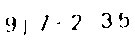
9) 7÷2=3.5